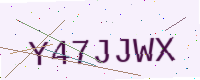
Text: Y47JJWX